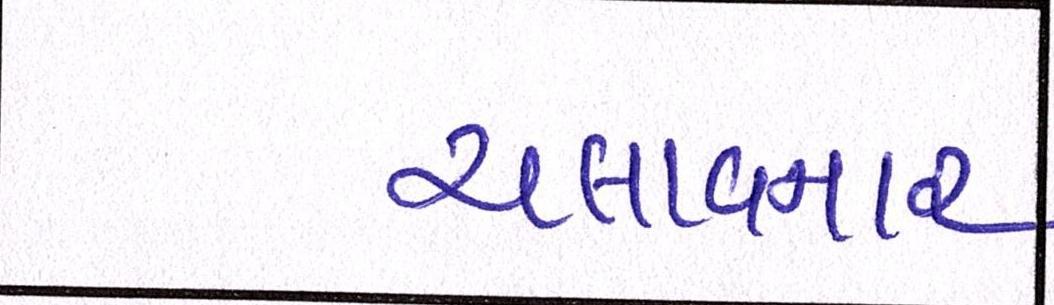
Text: ચલાવનાર